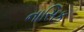
નાસિક